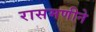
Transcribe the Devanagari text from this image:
रासमणीने